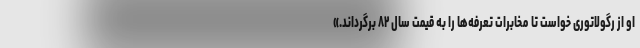
او از رگولاتوری خواست تا مخابرات تعرفه‌ها را به قیمت سال ۸۲ برگرداند.»